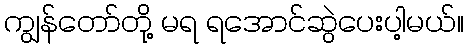
ကျွန်တော်တို့ မရ ရအောင်ဆွဲပေးပါ့မယ်။